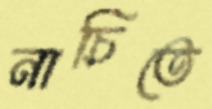
নাচিতে